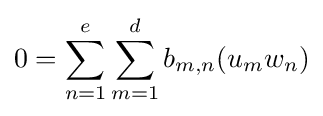
0=\sum _{n=1}^{e}\sum _{m=1}^{d}b_{m,n}(u_{m}w_{n})